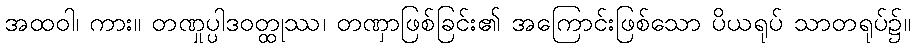
အထဝါ၊ ကား။ တဏှုပ္ပါဒဝတ္ထုဿ၊ တဏှာဖြစ်ခြင်း၏ အကြောင်းဖြစ်သော ပိယရုပ် သာတရုပ်၌။